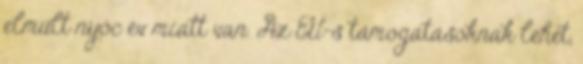
elmúlt nyóc év miatt van. Az EU-s támogatásoknak lehet,